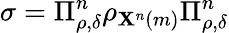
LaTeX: \sigma=\Pi_{\rho,\delta}^{n}\rho_{\mathbf{X}^{n}\left(m\right)}\Pi_{\rho,\delta}^{n}